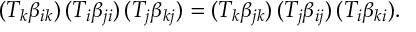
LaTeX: ( T _ { k } \beta _ { i k } ) \, ( T _ { i } \beta _ { j i } ) \, ( T _ { j } \beta _ { k j } ) = ( T _ { k } \beta _ { j k } ) \, ( T _ { j } \beta _ { i j } ) \, ( T _ { i } \beta _ { k i } ) .